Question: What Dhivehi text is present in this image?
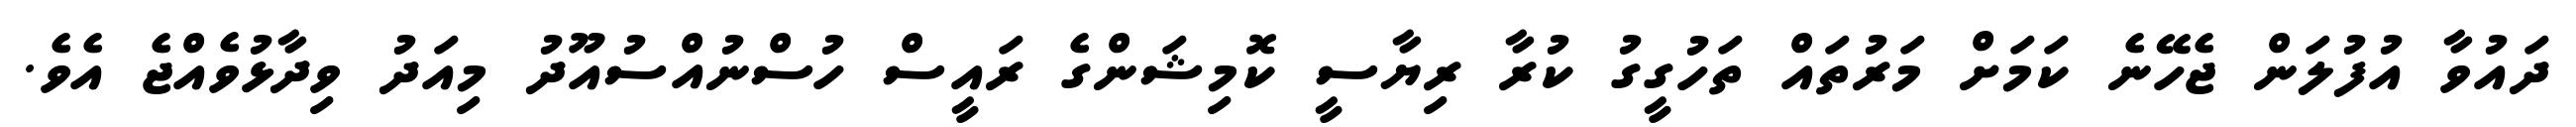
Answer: ދައުވާ އުފުލަން ޖެހޭނެ ކަމަށް މަރުތައް ތަހުގީގު ކުރާ ރިޔާސީ ކޮމިޝަންގެ ރައީސް ހުސްނުއްސުއޫދު މިއަދު ވިދާޅުވެއްޖެ އެވެ.